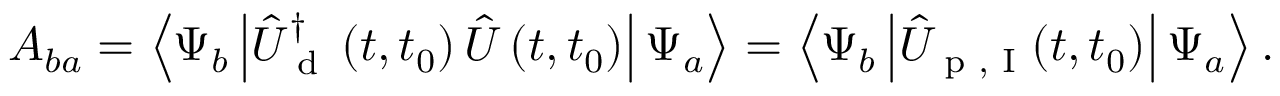
A _ { b a } = \left\langle \Psi _ { b } \left| \hat { U } _ { \textrm { d } } ^ { \dagger } \left( t , t _ { 0 } \right) \hat { U } \left( t , t _ { 0 } \right) \right| \Psi _ { a } \right\rangle = \left\langle \Psi _ { b } \left| \hat { U } _ { \textrm { p , I } } ( t , t _ { 0 } ) \right| \Psi _ { a } \right\rangle .